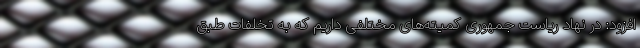
افزود: در نهاد ریاست جمهوری کمیته‌های مختلفی داریم که به تخلفات طبق